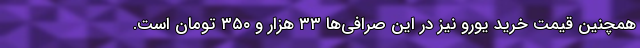
همچنین قیمت خرید یورو نیز در این صرافی‌ها ۳۳ هزار و ۳۵۰ تومان است.